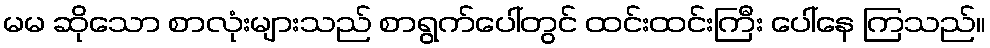
မမ ဆိုသော စာလုံးများသည် စာရွက်ပေါ်တွင် ထင်းထင်းကြီး ပေါ်နေ ကြသည်။